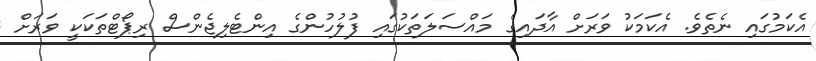
އެކަމުގައި ނެތެވެ. އެކަމަކު ވަރަށް އާދައިގެ މައްސަލަތަކުގައި ފުލުހުންގެ އިންޓެލިޖެންސް ރިޕޯޓްތަކަކީ ވަރަށް